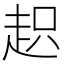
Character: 𧻍